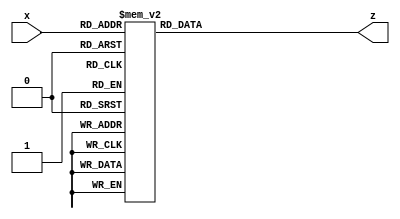
//
// Module to take a single (4-bit) hex value and 
// display it on a 7-segment display as a number
// 
module hexTo7Seg_3710(
		input [3:0]x,
		output reg [6:0]z
		);

  // always @* guarantees that the circuit that is 
  // synthesized is combinational 
  // (no clocks, registers, or latches)
  always @*
    // Note that the 7-segment displays on the DE1-SoC board are
    // "active low" - a 0 turns on the segment, and 1 turns it off
    case(x)
      4'b0000 : z = ~7'b0111111; // 0
      4'b0001 : z = ~7'b0000110; // 1
      4'b0010 : z = ~7'b1011011; // 2
      4'b0011 : z = ~7'b1001111; // 3
      4'b0100 : z = ~7'b1100110; // 4
      4'b0101 : z = ~7'b1101101; // 5
      4'b0110 : z = ~7'b1111101; // 6
      4'b0111 : z = ~7'b0000111; // 7
      4'b1000 : z = ~7'b1111111; // 8
      4'b1001 : z = ~7'b1100111; // 9 
      4'b1010 : z = ~7'b1110111; // A
      4'b1011 : z = ~7'b1111100; // b
      4'b1100 : z = ~7'b1011000; // c
      4'b1101 : z = ~7'b1011110; // d
      4'b1110 : z = ~7'b1111001; // E
      4'b1111 : z = ~7'b1110001; // F
      default : z = ~7'b0000000; // Always good to have a default! 
    endcase
endmodule